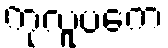
ကုလူပကေ